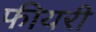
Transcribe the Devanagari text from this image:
फीयरी